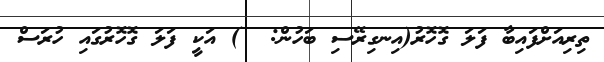
ތިރިއަށްފައިބާ ފަލަ ގޮހޮރު(އިނގިރޭސި ބަހުން:  ) އަކީ ފަލަ ގޮހޮރުގައި ހުރަސް